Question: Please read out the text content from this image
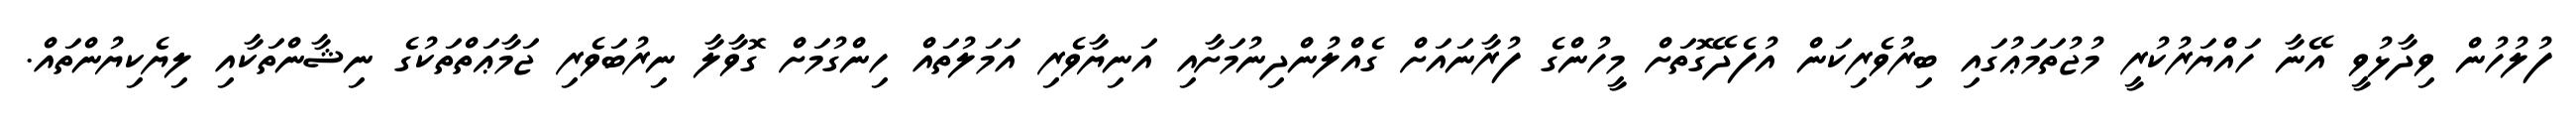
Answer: ފުލުހުން ވިދާޅުވީ އޭނާ ހައްޔަރުކުރީ މުޖުތަމަޢުގައި ބިރުވެރިކަން އުފެދޭގޮތަށް މީހުންގެ ފުރާނައަށް ގެއްލުންދިނުމަށާއި އަނިޔާވެރި އަމަލުތައް ހިންގުމަށް ގޮވާލާ ނިރުބަވެރި ޖަމާޢަތްތަކުގެ ނިޝާންތަކާއި ލިޔެކިޔުންތައް.